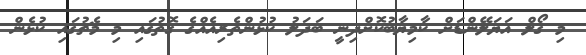
މި ގޯލް އަޔަލޭންޑަށް ކާމިޔާބުކޮށްދިނީ ބަދަލު ކުޅުންތެރިއެއްގެ ގޮތުގައި މި މެޗުގައި ކުޅެން